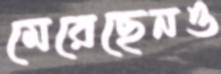
মেরেছেনও